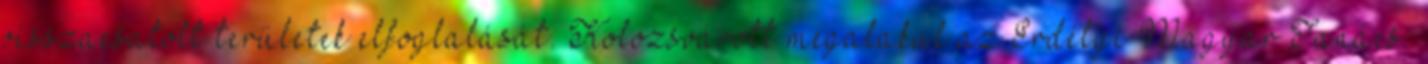
visszacsatolt területek elfoglalását. Kolozsvárott megalakul az Erdélyi Magyar Tanács.